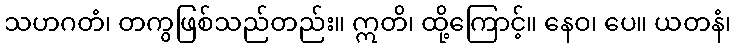
သဟဂတံ၊ တကွဖြစ်သည်တည်း။ ဣတိ၊ ထို့ကြောင့်။ နေဝ၊ ပေ။ ယတနံ၊